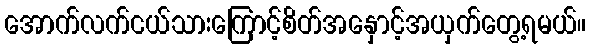
အောက်လက်ငယ်သားကြောင့်စိတ်အနှောင့်အယှက်တွေ့ရမယ်။